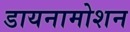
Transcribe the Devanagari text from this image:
डायनामोशन